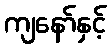
ကျနော်နှင့်